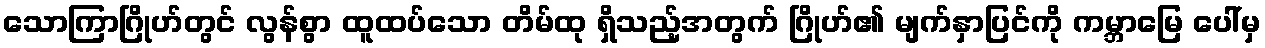
သောကြာဂြိုဟ်တွင် လွန်စွာ ထူထပ်သော တိမ်ထု ရှိသည့်အတွက် ဂြိုဟ်၏ မျက်နှာပြင်ကို ကမ္ဘာမြေ ပေါ်မှ